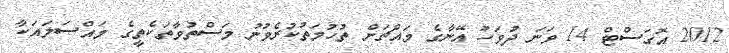
2012 އޮގަސްޓް 14 ވަނަ ދުވަހު އޭނާގެ މައްޗަށް ތުހުމަތުކުރެވުނު މަސްތުވާތަކެތީގެ މައްސަލައަކާ